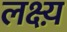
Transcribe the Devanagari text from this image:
लक्ष्य़